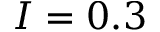
I = 0 . 3